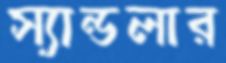
স্যান্ডলার